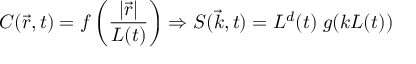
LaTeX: C ( \vec { r } , t ) = f \left( \frac { | \vec { r } | } { L ( t ) } \right) \Rightarrow S ( \vec { k } , t ) = L ^ { d } ( t ) \; g ( k L ( t ) )